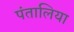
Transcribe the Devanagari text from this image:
पंतालिया